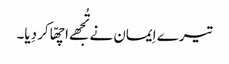
تیرے اِیمان نے تُجھے اچھّا کر دِیا۔